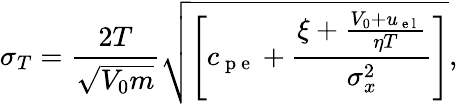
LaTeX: \sigma_{T}=\frac{2T}{\sqrt{V_{0}m}}\sqrt{\left[c_{\mathrm{~p~e~}}+\frac{\xi+\frac{V_{0}+u_{\mathrm{~e~l~}}}{\eta T}}{\sigma_{x}^{2}}\right]},